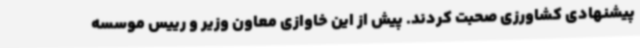
پیشنهادی کشاورزی صحبت کردند. پیش از این خاوازی معاون وزیر و رییس موسسه